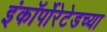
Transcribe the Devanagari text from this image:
इंकॉर्पोरेटेडच्या